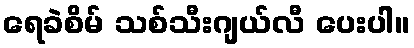
ရေခဲစိမ် သစ်သီးဂျယ်လီ ပေးပါ။